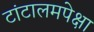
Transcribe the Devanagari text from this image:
टांटालमपेक्षा